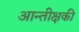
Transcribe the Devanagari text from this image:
आन्तीक्षकी